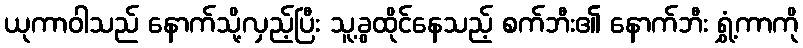
ယုကာဝါသည် နောက်သို့လှည့်ပြီး သူ့ခွထိုင်နေသည့် စက်ဘီး၏ နောက်ဘီး ရွှံ့ကာကို